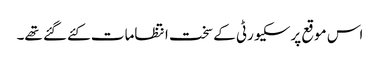
اس موقع پرسکیورٹی کےسخت انتظامات کئےگئے تھے۔